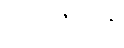
ပဗ္ဗာဇေယျုန္တိ